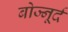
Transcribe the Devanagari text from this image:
बोज्नूर्द